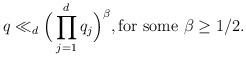
LaTeX: \begin{align*}q\ll_d \Big(\prod_{j=1}^d q_j\Big)^{\beta}, \hbox{for some }\beta\ge1/2. \end{align*}